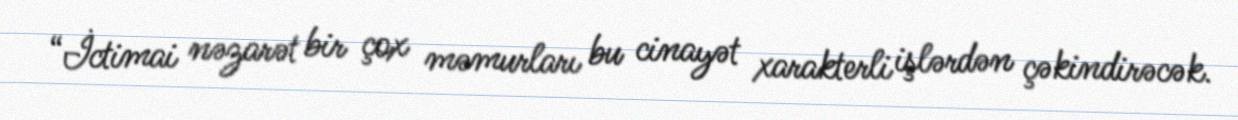
“İctimai nəzarət bir çox məmurları bu cinayət xarakterli işlərdən çəkindirəcək.